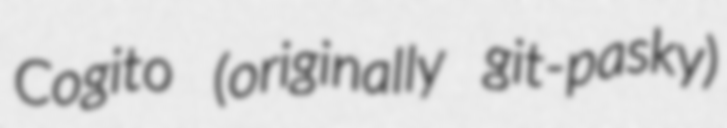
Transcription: Cogito (originally git-pasky)